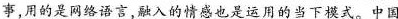
事用的是网络语言融入的情感也是运用的当下模式。中国